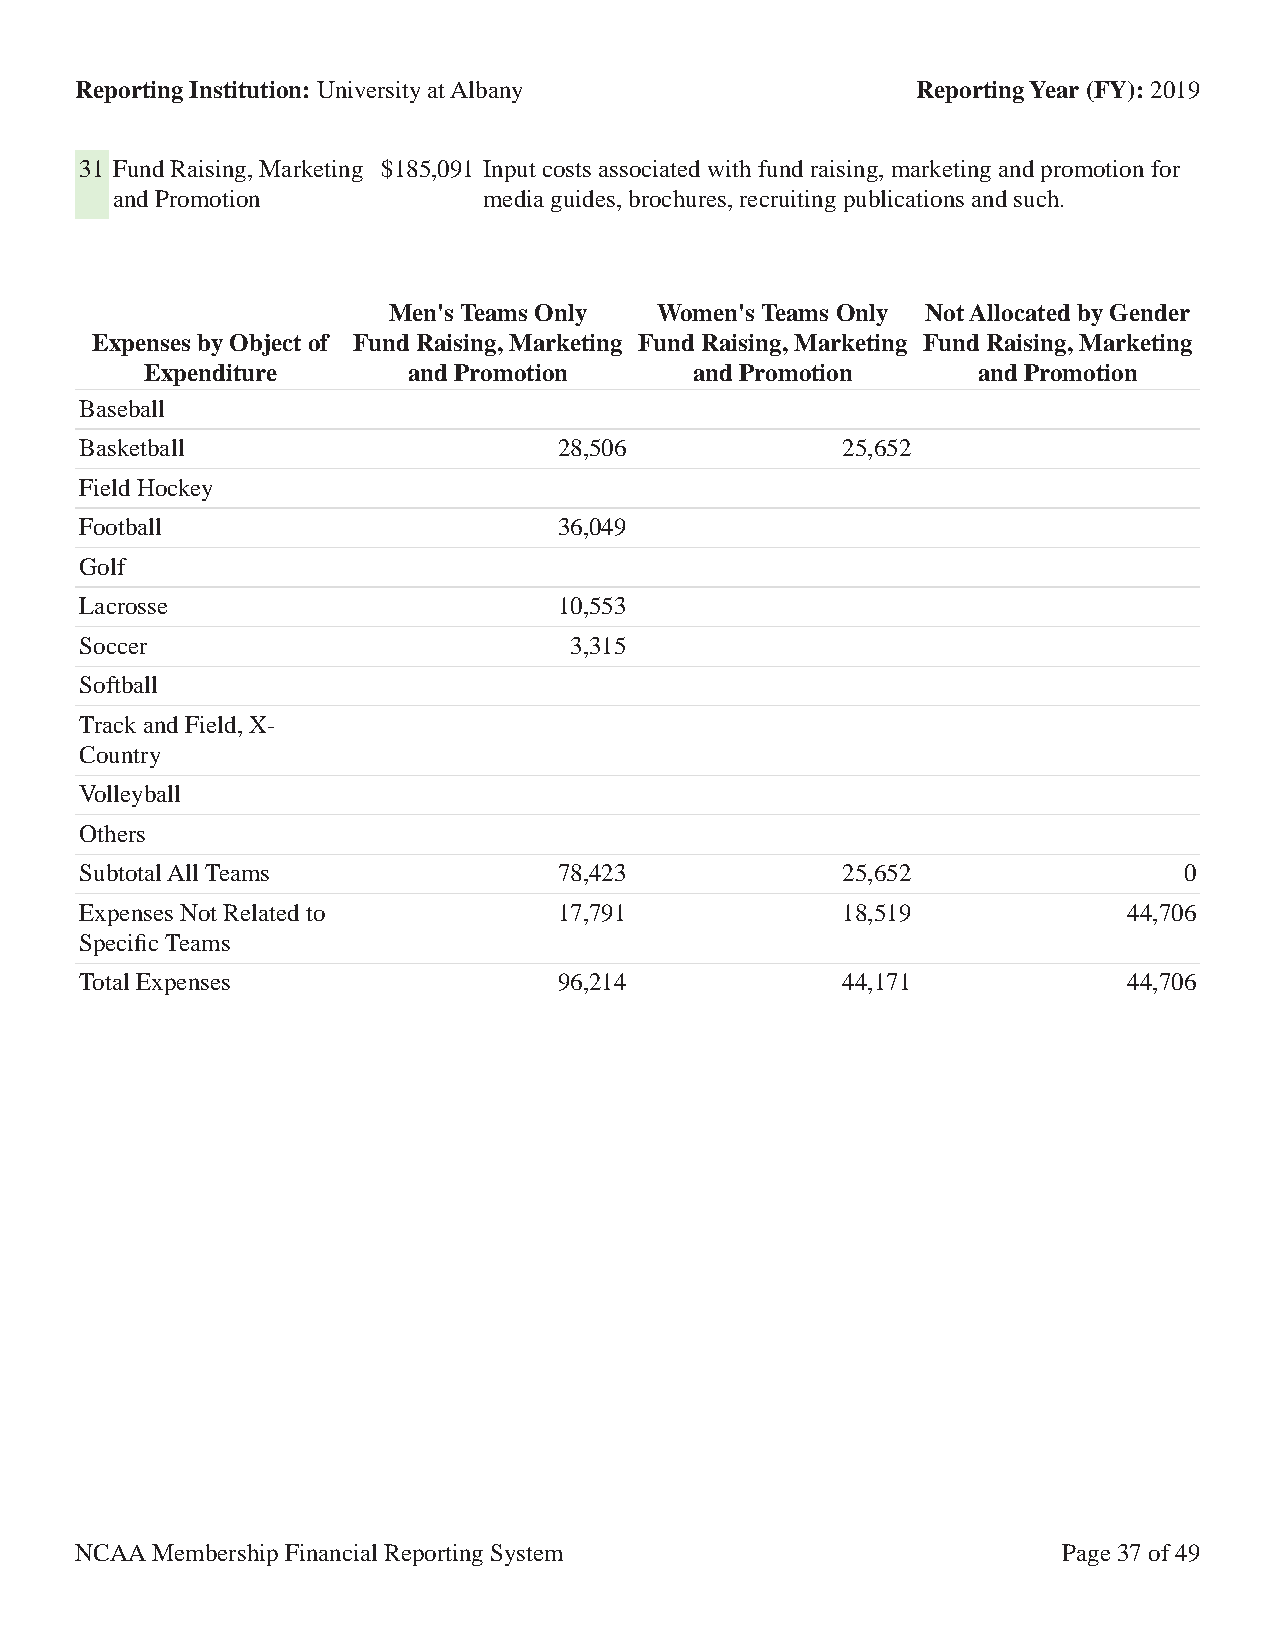
Reporting Institution: University at Albany             Reporting Year (FY): 2019
 31 Fund Raising, Marketing $185,091 Input costs associated with fund raising, marketing and promotion for
 and Promotion            media guides, brochures, recruiting publications and such.
 Men's Teams Only  Women's Teams Only Not Allocated by Gender
 Expenses by Object of Fund Raising, Marketing Fund Raising, Marketing Fund Raising, Marketing
 Expenditure      and Promotion      and Promotion      and Promotion
 Baseball
 Basketball                      28,506             25,652
 Field Hockey
 Football                        36,049
 Golf
 Lacrosse                        10,553
 Soccer                           3,315
 Softball
 Track and Field, X-
 Country
 Volleyball
 Others
 Subtotal All Teams              78,423             25,652                0
 Expenses Not Related to         17,791             18,519             44,706
 Specific Teams
 Total Expenses                  96,214             44,171             44,706
 NCAA Membership Financial Reporting System                       Page 37 of 49